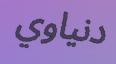
دنياوي